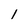
Character: 1